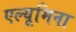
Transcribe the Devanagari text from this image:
एल्यूमिना